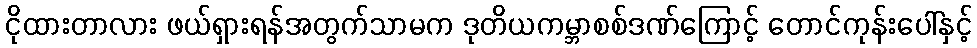
ငိုထားတာလား ဖယ်ရှားရန်အတွက်သာမက ဒုတိယကမ္ဘာစစ်ဒဏ်ကြောင့် တောင်ကုန်းပေါ်နှင့်